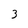
Character: 3